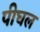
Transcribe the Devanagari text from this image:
पीघल